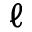
\ell